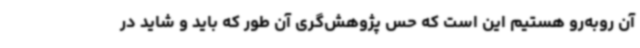
آن روبه‌رو هستیم این است که حس پژوهش‌گری آن طور که باید و شاید در